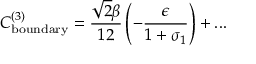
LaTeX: C _ { \mathrm { b o u n d a r y } } ^ { ( 3 ) } = \frac { \sqrt { 2 } \beta } { 1 2 } \left( - \frac { \epsilon } { 1 + \sigma _ { 1 } } \right) + . . .